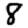
Digit: 8